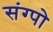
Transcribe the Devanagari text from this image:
संग्पो